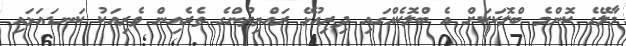
މާލޭގެ ކޮންމެ ބްލޮކަކަށް އެ ބްލޮކެއްގައި ދިރިއުޅޭ ރައްޔިތުންގެ ތެރެއިން ވެރިއަކު ކަނޑައަޅައި